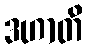
ဒဟာတိ